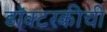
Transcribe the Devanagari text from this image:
डॉक्टरकीची